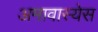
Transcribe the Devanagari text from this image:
अमावास्येस